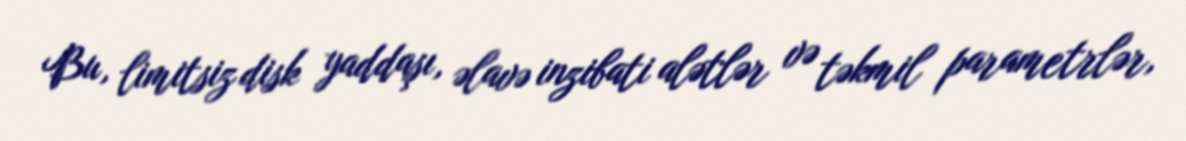
Bu, limitsiz disk yaddaşı, əlavə inzibati alətlər və təkmil parametrlər,